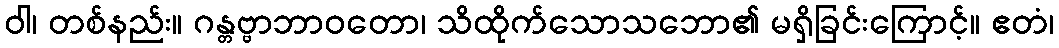
ဝါ၊ တစ်နည်း။ ဂန္တဗ္ဗာဘာဝတော၊ သိထိုက်သောသဘော၏ မရှိခြင်းကြောင့်။ ဧတံ၊